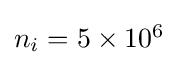
{\textstyle n_{i}=5\times 10^{6}}